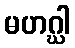
မဟဂ္ဃါ